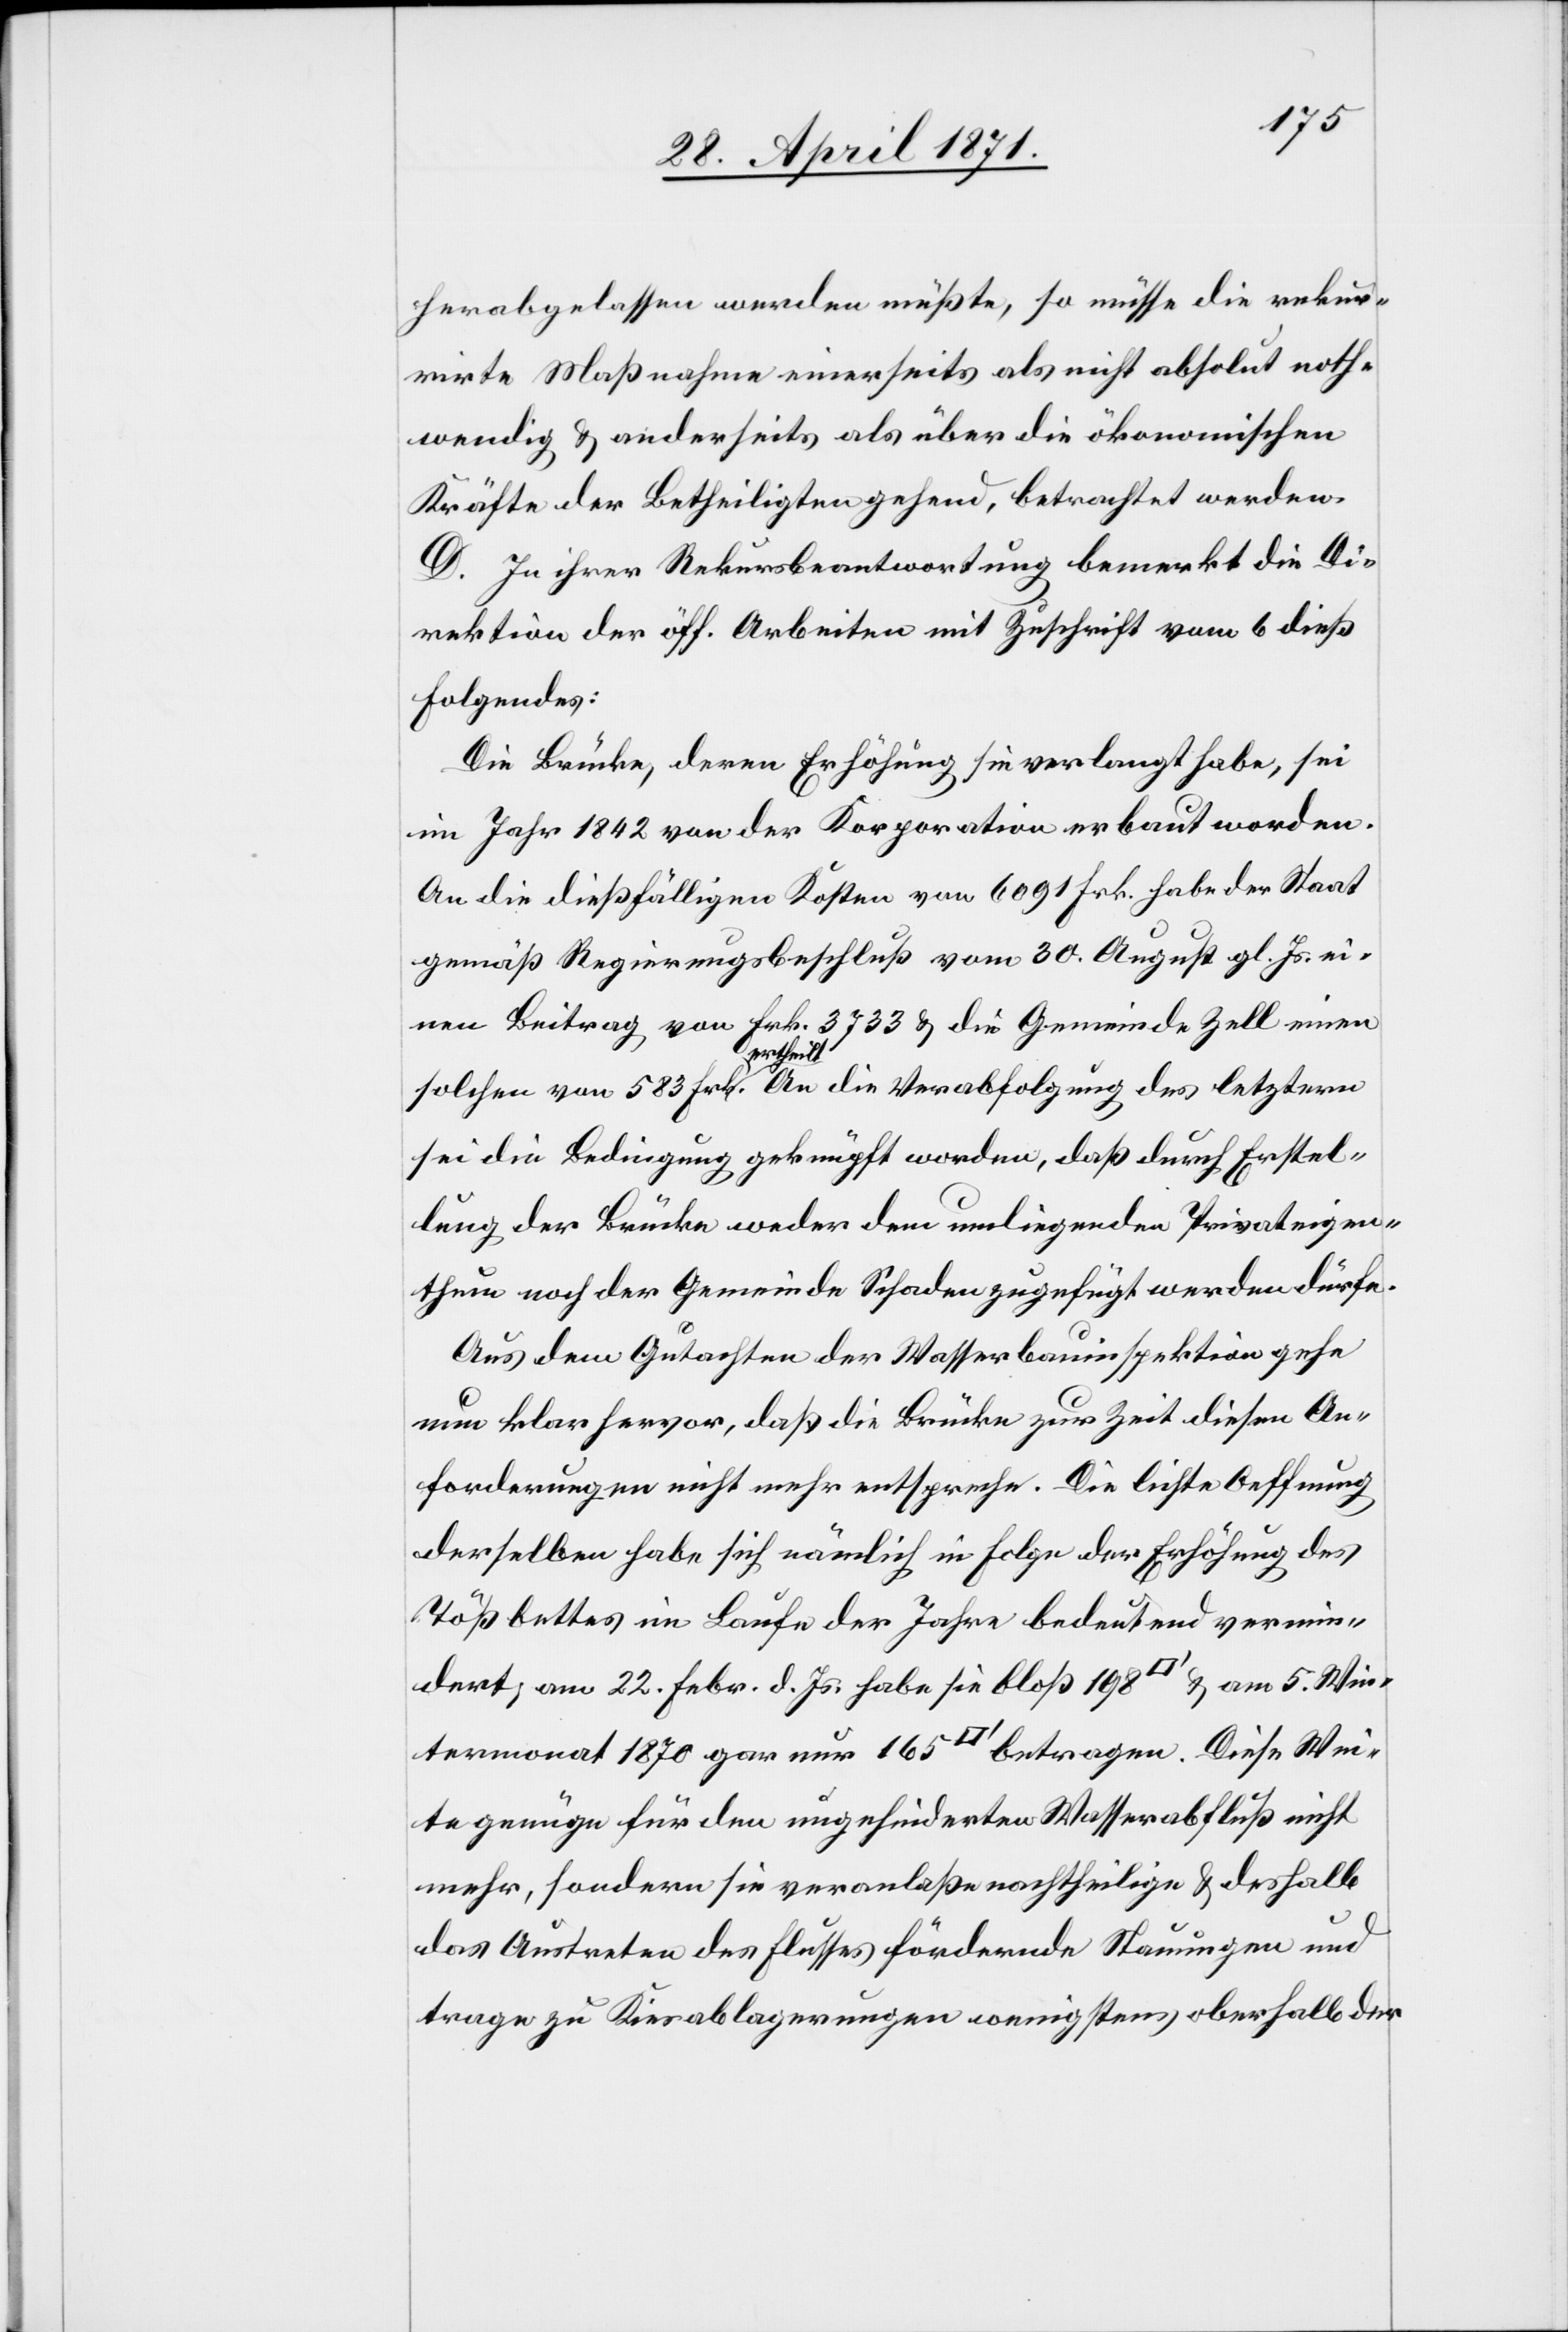
herabgelassen werden müßte, so müsse die rekur¬
rirte Maßnahme einerseits als nicht absolut noth¬
wendig u. anderseits als über die ökonomischen
Kräfte der Betheiligten gehend, betrachtet werden.
D. In ihrer Rekursbeantwortung bemerkt die Di¬
rektion der öff. Arbeiten mit Zuschrift vom 6. dieß
Folgendes:
Die Brücke, deren Erhöhung sie verlangt habe, sei
im Jahr 1842 von der Korporation erbaut worden.
An die dießfälligen Kosten von 6091 Frk. habe der Staat
gemäß Regierungsbeschluß vom 30. August gl. Js. ei¬
nen Beitrag von Frk. 3733 u. die Gemeinde Zell einen
solchen von 583 Frk. ertheilt. An die Verabfolgung des letztern
sei die Bedingung geknüpft worden, daß durch Erstel¬
lung der Brücke weder dem umliegenden Privateigen¬
thum noch der Gemeinde Schaden zugefügt werden dürfe.
Aus dem Gutachten der Wasserbauinspektion gehe
nun klar hervor, daß die Brücke zur Zeit diesen An¬
forderungen nicht mehr entspreche. Die lichte Oeffnung
derselben habe sich nämlich in Folge der Erhöhung des
Tößbettes im Laufe der Jahre bedeutend vermin¬
dert, am 22. Febr. d. Js. habe sie bloß 198 [Quadratfuss] u. am 5. Win¬
termonat 1870 gar nur 165 [Quadratfuss] betragen. Diese Wei¬
te genüge für den ungehinderten Wasserabfluß nicht
mehr, sondern sie veranlaße nachtheilige u. deshalb
das Austreten des Flusses fördernde Stauungen und
trage zu Kiesablagerungen wenigstens oberhalb der